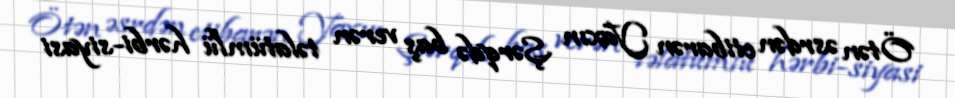
Ötən əsrdən etibarən Yaxın Şərqdə baş verən təlatümlü hərbi-siyasi